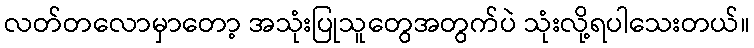
လတ်တလောမှာတော့ အသုံးပြုသူတွေအတွက်ပဲ သုံးလို့ရပါသေးတယ်။